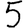
Digit: 5